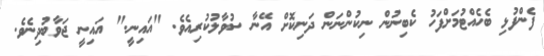
ފެންފުޅި ބެހެއްޓުމަށްފަހު ކެބިނުން ނިކުންނަން ދަނިކޮށް އޭނާ ސުވާލުކުރިއެވެ. "އައިނީ." އައިނީ ޖަވާބުދިނެވެ.